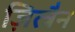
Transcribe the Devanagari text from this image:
ज़ित्त्रैन